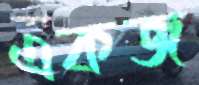
একজ